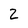
Character: 2